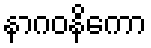
နာဂဝနိကော